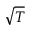
\sqrt { T }